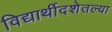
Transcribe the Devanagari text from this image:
विद्यार्थीदशेतल्या